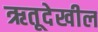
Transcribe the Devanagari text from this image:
ऋतूदेखील